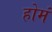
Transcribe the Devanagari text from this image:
होमं